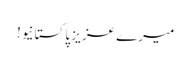
میرے عزیز پاکستانیو!